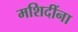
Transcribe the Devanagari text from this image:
मशिदींना